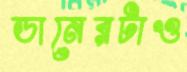
ডানেরটাও